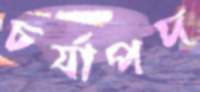
চর্যাপদ